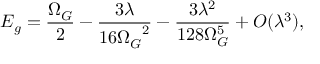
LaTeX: E _ { g } = \frac { \Omega _ { G } } { 2 } - \frac { 3 \lambda } { 1 6 { \Omega _ { G } } ^ { 2 } } - \frac { 3 \lambda ^ { 2 } } { 1 2 8 \Omega _ { G } ^ { 5 } } + { \cal O } ( \lambda ^ { 3 } ) ,